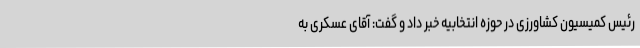
رئیس کمیسیون کشاورزی در حوزه انتخابیه خبر داد و گفت: آقای عسکری به